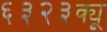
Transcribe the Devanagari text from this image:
६३२३क्यू